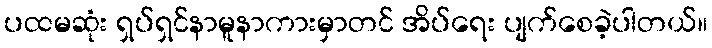
ပထမဆုံး ရှပ်ရှင်နာမူနာကားမှာတင် အိပ်ရေး ပျက်စေခဲ့ပါတယ်။